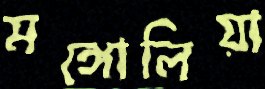
মঙ্গোলিয়া